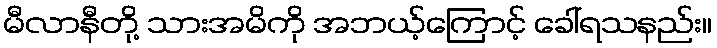
မီလာနီတို့ သားအမိကို အဘယ့်ကြောင့် ခေါ်ရသနည်း။